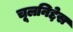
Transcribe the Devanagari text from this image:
चूलनिद्देस